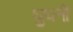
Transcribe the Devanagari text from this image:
घुघनी